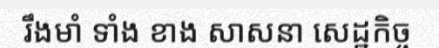
រឹងមាំ ទាំង ខាង សាសនា សេដ្ឋកិច្ច